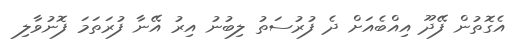
އެގޮތުން ފޭދޫ އިއްބެއަށް ދެ ފުރުސަތު ލިބުނު އިރު އޭނާ ފުރަތަމަ ފޮނުވާލި